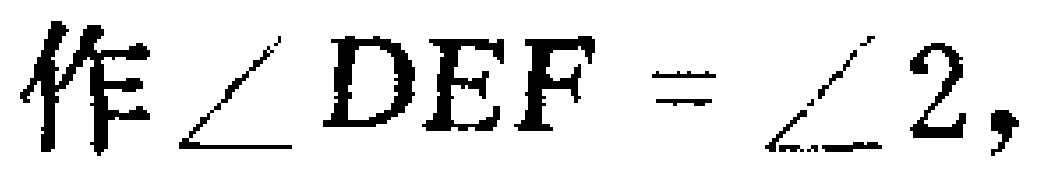
作$\angle DEF = \angle 2,$